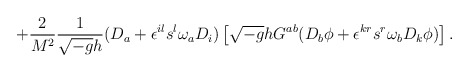
\begin{align*}+ \frac{2}{M^2} \frac{1}{\sqrt{-g}h} (D_{a} + \epsilon^{il} s^{l} \omega_{a} D_i) \left[ \sqrt{-g}hG^{ab} ( D_b \phi +\epsilon^{kr}s^{r}\omega_{b}D_{k}\phi)\right].\end{align*}